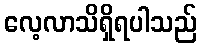
လေ့လာသိရှိရပါသည်